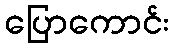
ပြောကောင်း